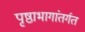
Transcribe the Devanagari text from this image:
पृष्ठाभागांतर्गत